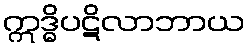
ဣဒ္ဓိပဋိလာဘာယ